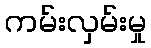
ကမ်းလှမ်းမှု